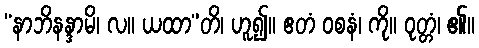
“နာဘိနန္ဒာမိ၊ လ။ ယထာ”တိ၊ ဟူ၍။ ဧတံ ဝစနံ၊ ကို။ ဝုတ္တံ၊ ၏။